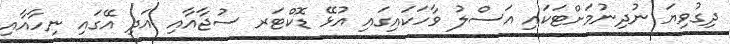
ދިގުވިޔަ ނުދިނުމަށްޓަކައި އަސްލު ވާހަކައިގައި އުޅޭ ޑޮކްޓަރ ސުޖާއާއި އަދި އޭގައި ނިހާއާއި